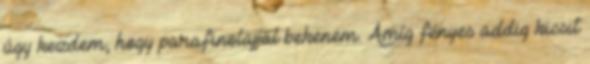
úgy kezdem, hogy parafinolajjal bekenem. Amíg fényes addig kicsit